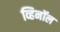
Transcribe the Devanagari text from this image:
व्हिनॉल